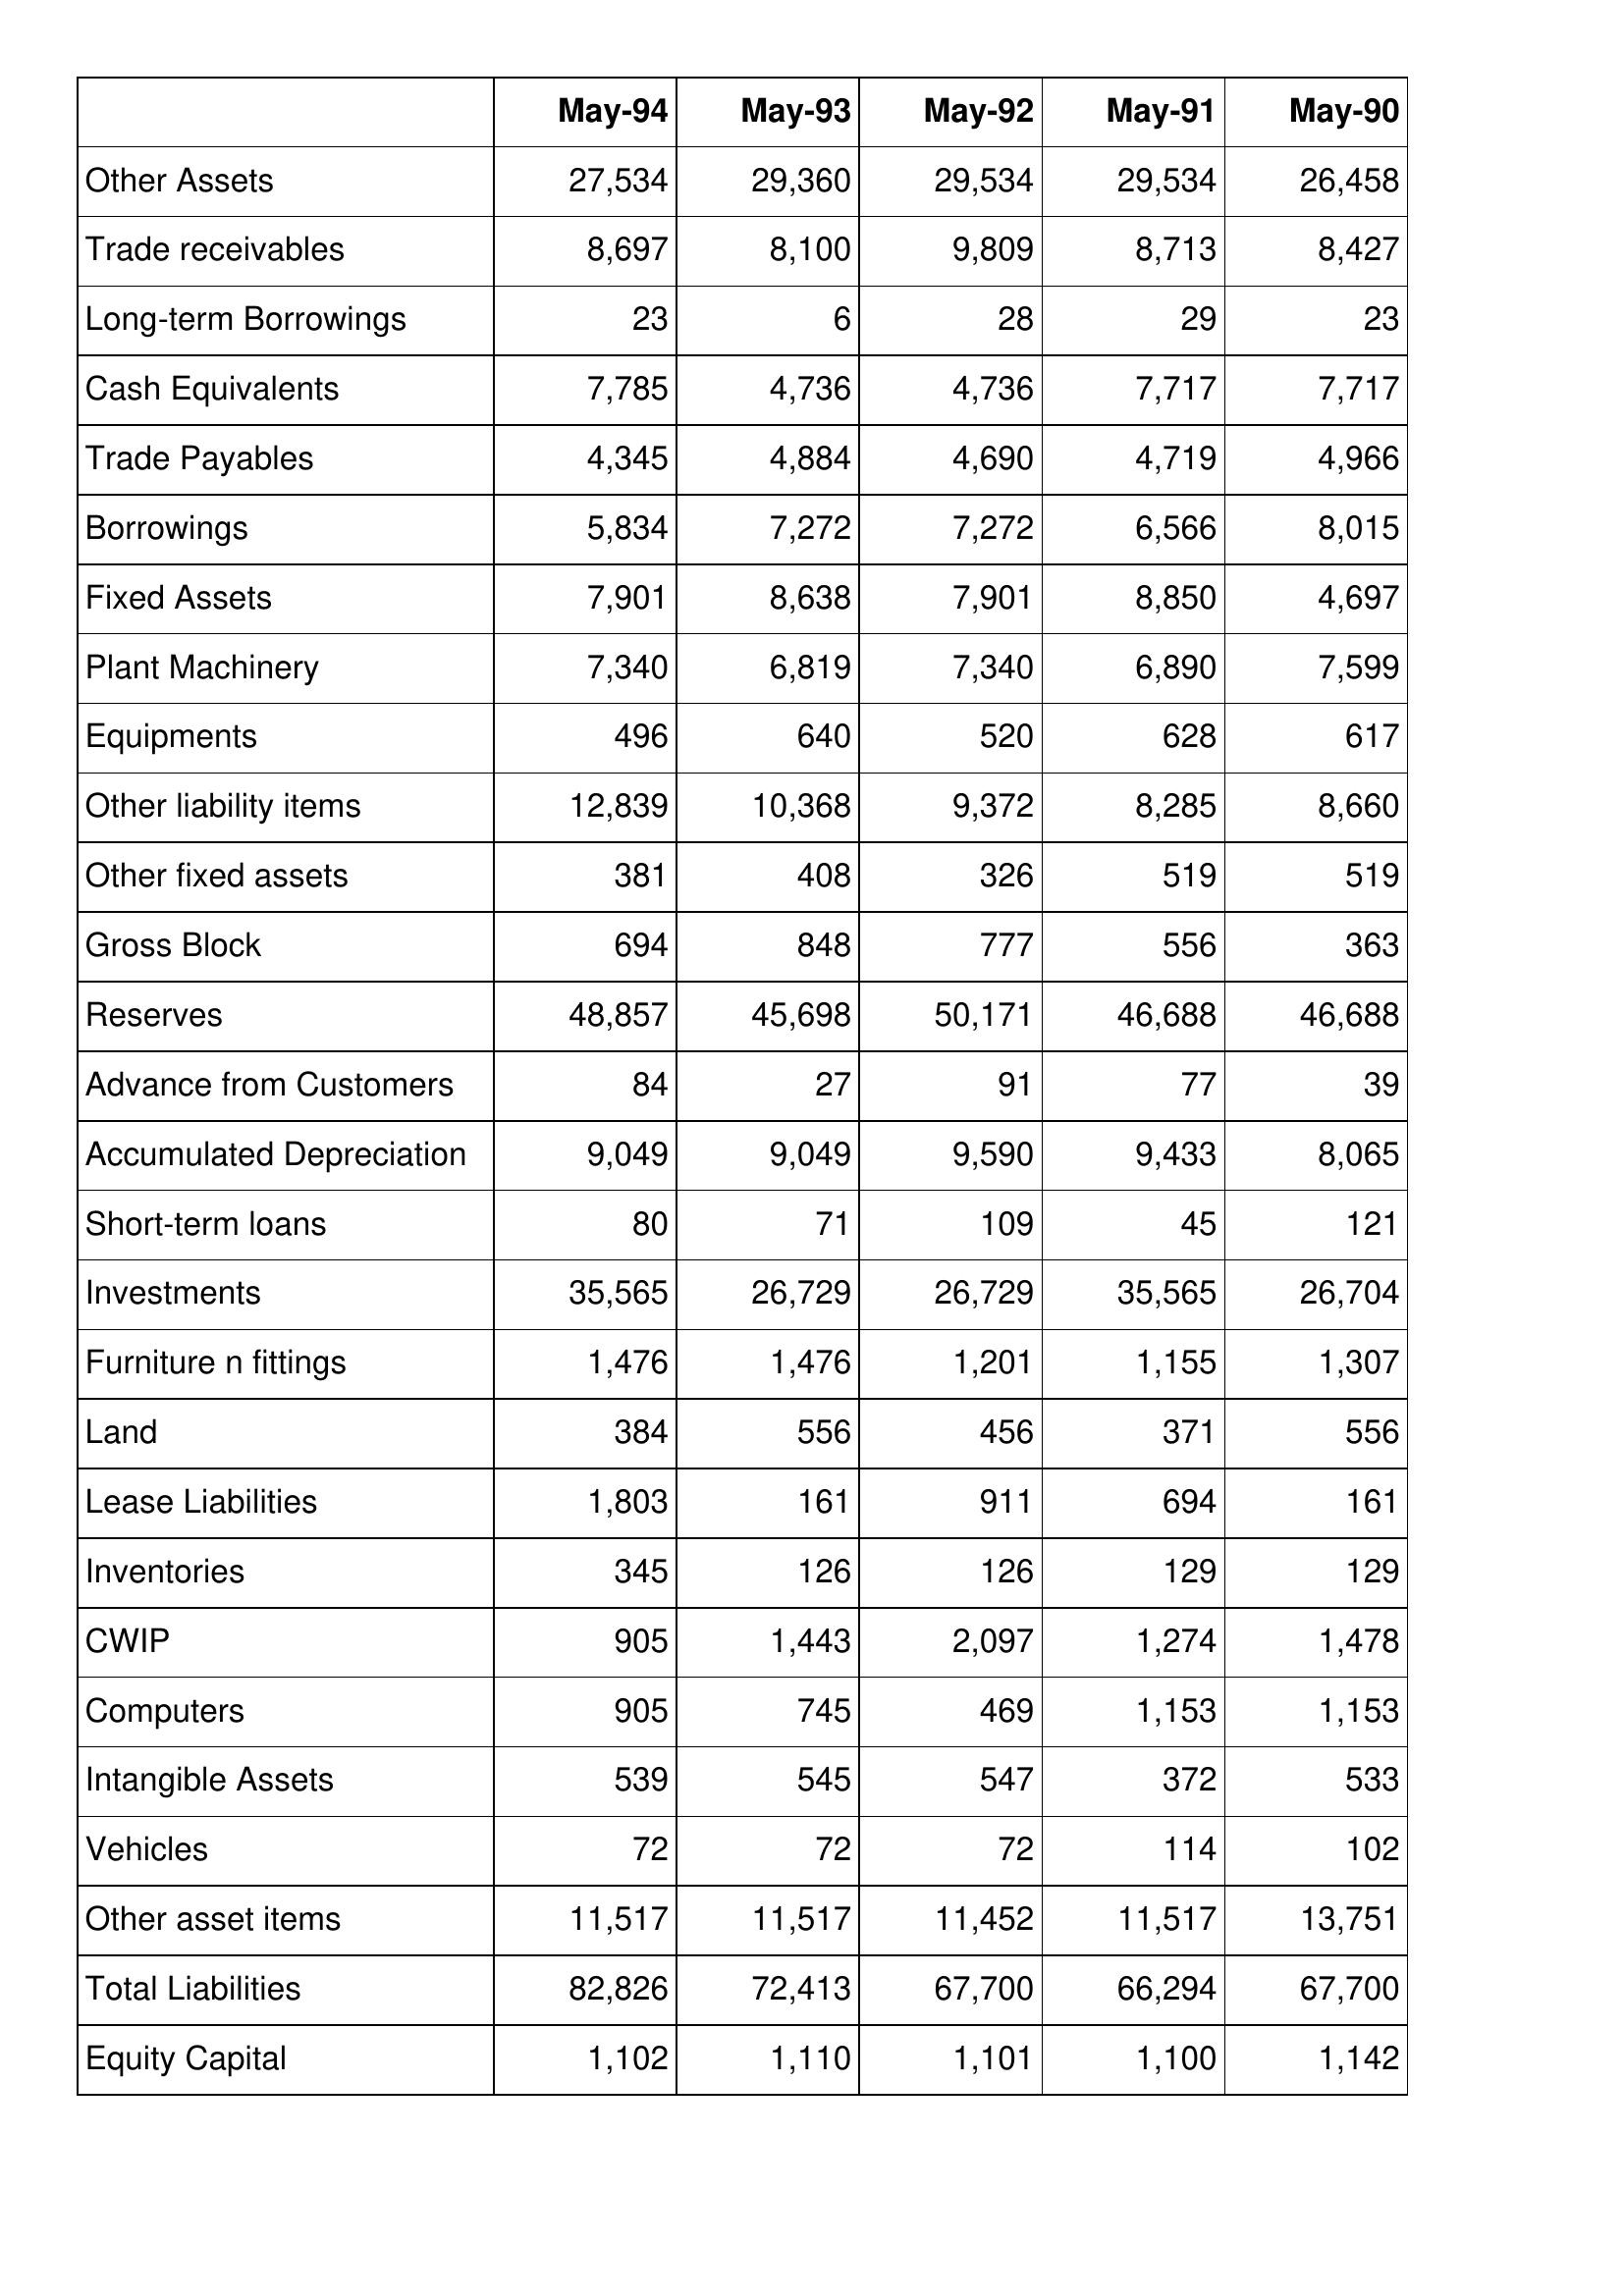
May-94: Balance Sheet: Other Assets: 27,534
Trade receivables: 8,697
Long-term Borrowings: 23
Cash Equivalents: 7,785
Trade Payables: 4,345
Borrowings: 5,834
Fixed Assets: 7,901
Plant Machinery: 7,340
Equipments: 496
Other liability items: 12,839
Other fixed assets: 381
Gross Block: 694
Reserves: 48,857
Advance from Customers: 84
Accumulated Depreciation: 9,049
Short-term loans: 80
Investments: 35,565
Furniture n fittings: 1,476
Land: 384
Lease Liabilities: 1,803
Inventories: 345
CWIP: 905
Computers: 905
Intangible Assets: 539
Vehicles: 72
Other asset items: 11,517
Total Liabilities: 82,826
Equity Capital: 1,102
May-93: Balance Sheet: Other Assets: 29,360
Trade receivables: 8,100
Long-term Borrowings: 6
Cash Equivalents: 4,736
Trade Payables: 4,884
Borrowings: 7,272
Fixed Assets: 8,638
Plant Machinery: 6,819
Equipments: 640
Other liability items: 10,368
Other fixed assets: 408
Gross Block: 848
Reserves: 45,698
Advance from Customers: 27
Accumulated Depreciation: 9,049
Short-term loans: 71
Investments: 26,729
Furniture n fittings: 1,476
Land: 556
Lease Liabilities: 161
Inventories: 126
CWIP: 1,443
Computers: 745
Intangible Assets: 545
Vehicles: 72
Other asset items: 11,517
Total Liabilities: 72,413
Equity Capital: 1,110
May-92: Balance Sheet: Other Assets: 29,534
Trade receivables: 9,809
Long-term Borrowings: 28
Cash Equivalents: 4,736
Trade Payables: 4,690
Borrowings: 7,272
Fixed Assets: 7,901
Plant Machinery: 7,340
Equipments: 520
Other liability items: 9,372
Other fixed assets: 326
Gross Block: 777
Reserves: 50,171
Advance from Customers: 91
Accumulated Depreciation: 9,590
Short-term loans: 109
Investments: 26,729
Furniture n fittings: 1,201
Land: 456
Lease Liabilities: 911
Inventories: 126
CWIP: 2,097
Computers: 469
Intangible Assets: 547
Vehicles: 72
Other asset items: 11,452
Total Liabilities: 67,700
Equity Capital: 1,101
May-91: Balance Sheet: Other Assets: 29,534
Trade receivables: 8,713
Long-term Borrowings: 29
Cash Equivalents: 7,717
Trade Payables: 4,719
Borrowings: 6,566
Fixed Assets: 8,850
Plant Machinery: 6,890
Equipments: 628
Other liability items: 8,285
Other fixed assets: 519
Gross Block: 556
Reserves: 46,688
Advance from Customers: 77
Accumulated Depreciation: 9,433
Short-term loans: 45
Investments: 35,565
Furniture n fittings: 1,155
Land: 371
Lease Liabilities: 694
Inventories: 129
CWIP: 1,274
Computers: 1,153
Intangible Assets: 372
Vehicles: 114
Other asset items: 11,517
Total Liabilities: 66,294
Equity Capital: 1,100
May-90: Balance Sheet: Other Assets: 26,458
Trade receivables: 8,427
Long-term Borrowings: 23
Cash Equivalents: 7,717
Trade Payables: 4,966
Borrowings: 8,015
Fixed Assets: 4,697
Plant Machinery: 7,599
Equipments: 617
Other liability items: 8,660
Other fixed assets: 519
Gross Block: 363
Reserves: 46,688
Advance from Customers: 39
Accumulated Depreciation: 8,065
Short-term loans: 121
Investments: 26,704
Furniture n fittings: 1,307
Land: 556
Lease Liabilities: 161
Inventories: 129
CWIP: 1,478
Computers: 1,153
Intangible Assets: 533
Vehicles: 102
Other asset items: 13,751
Total Liabilities: 67,700
Equity Capital: 1,142